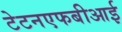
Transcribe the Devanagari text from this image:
टेटनएफबीआई